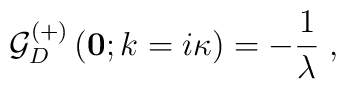
{\mathcal G}^{(+)} _{D} \left({\bf 0} ; k = i \kappa\right) = - \frac{1}{\lambda} \;  ,